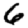
Digit: 6